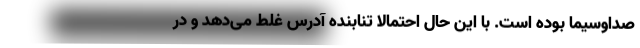
صداوسیما بوده است. با این حال احتمالاً تنابنده آدرس غلط می‌دهد و در